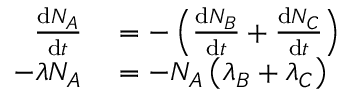
\begin{array} { r l } { { \frac { \mathrm { d } N _ { A } } { \mathrm { d } t } } } & { { } = - \left( { \frac { \mathrm { d } N _ { B } } { \mathrm { d } t } } + { \frac { \mathrm { d } N _ { C } } { \mathrm { d } t } } \right) } \\ { - \lambda N _ { A } } & { { } = - N _ { A } \left( \lambda _ { B } + \lambda _ { C } \right) } \end{array}